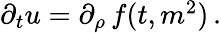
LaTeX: \begin{array}{r}{\partial_{t}u=\partial_{\rho}\, f(t,m^{2})\, .}\end{array}